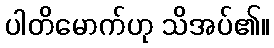
ပါတိမောက်ဟု သိအပ်၏။